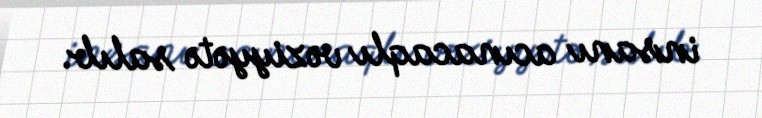
insanı acınacaqlı vəziyyətə salıb.